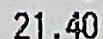
21.40